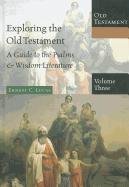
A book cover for Exploring the Old Testament, Volume 3: A Guide to the Psalms  Wisdom Literature (Exploring the Bible: Old Testament); Ernest C. Lucas; Christian Books & Bibles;